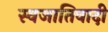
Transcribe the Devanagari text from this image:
स्वजातिवादी